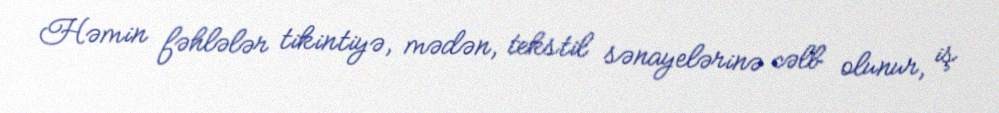
Həmin fəhlələr tikintiyə, mədən, tekstil sənayelərinə cəlb olunur, iş